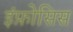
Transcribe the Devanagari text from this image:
इंफ़ोसिस